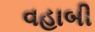
વહાબી